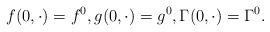
LaTeX: \begin{align*} f(0,\cdot)=f^0,g(0,\cdot)=g^0, \Gamma(0,\cdot)=\Gamma^0.\end{align*}